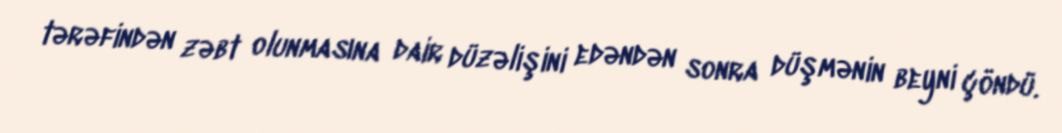
tərəfindən zəbt olunmasına dair düzəlişini edəndən sonra düşmənin beyni çöndü.